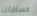
مسافات